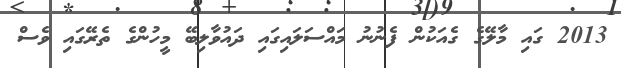
2013 ގައި މާލޭގެ ގެއަކުން ފެނުނު މައްސަލައިގައި ދައުވާލިބޭ މީހުންގެ ތެރޭގައި ވެސް